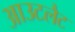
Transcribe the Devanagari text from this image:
आउटलैट